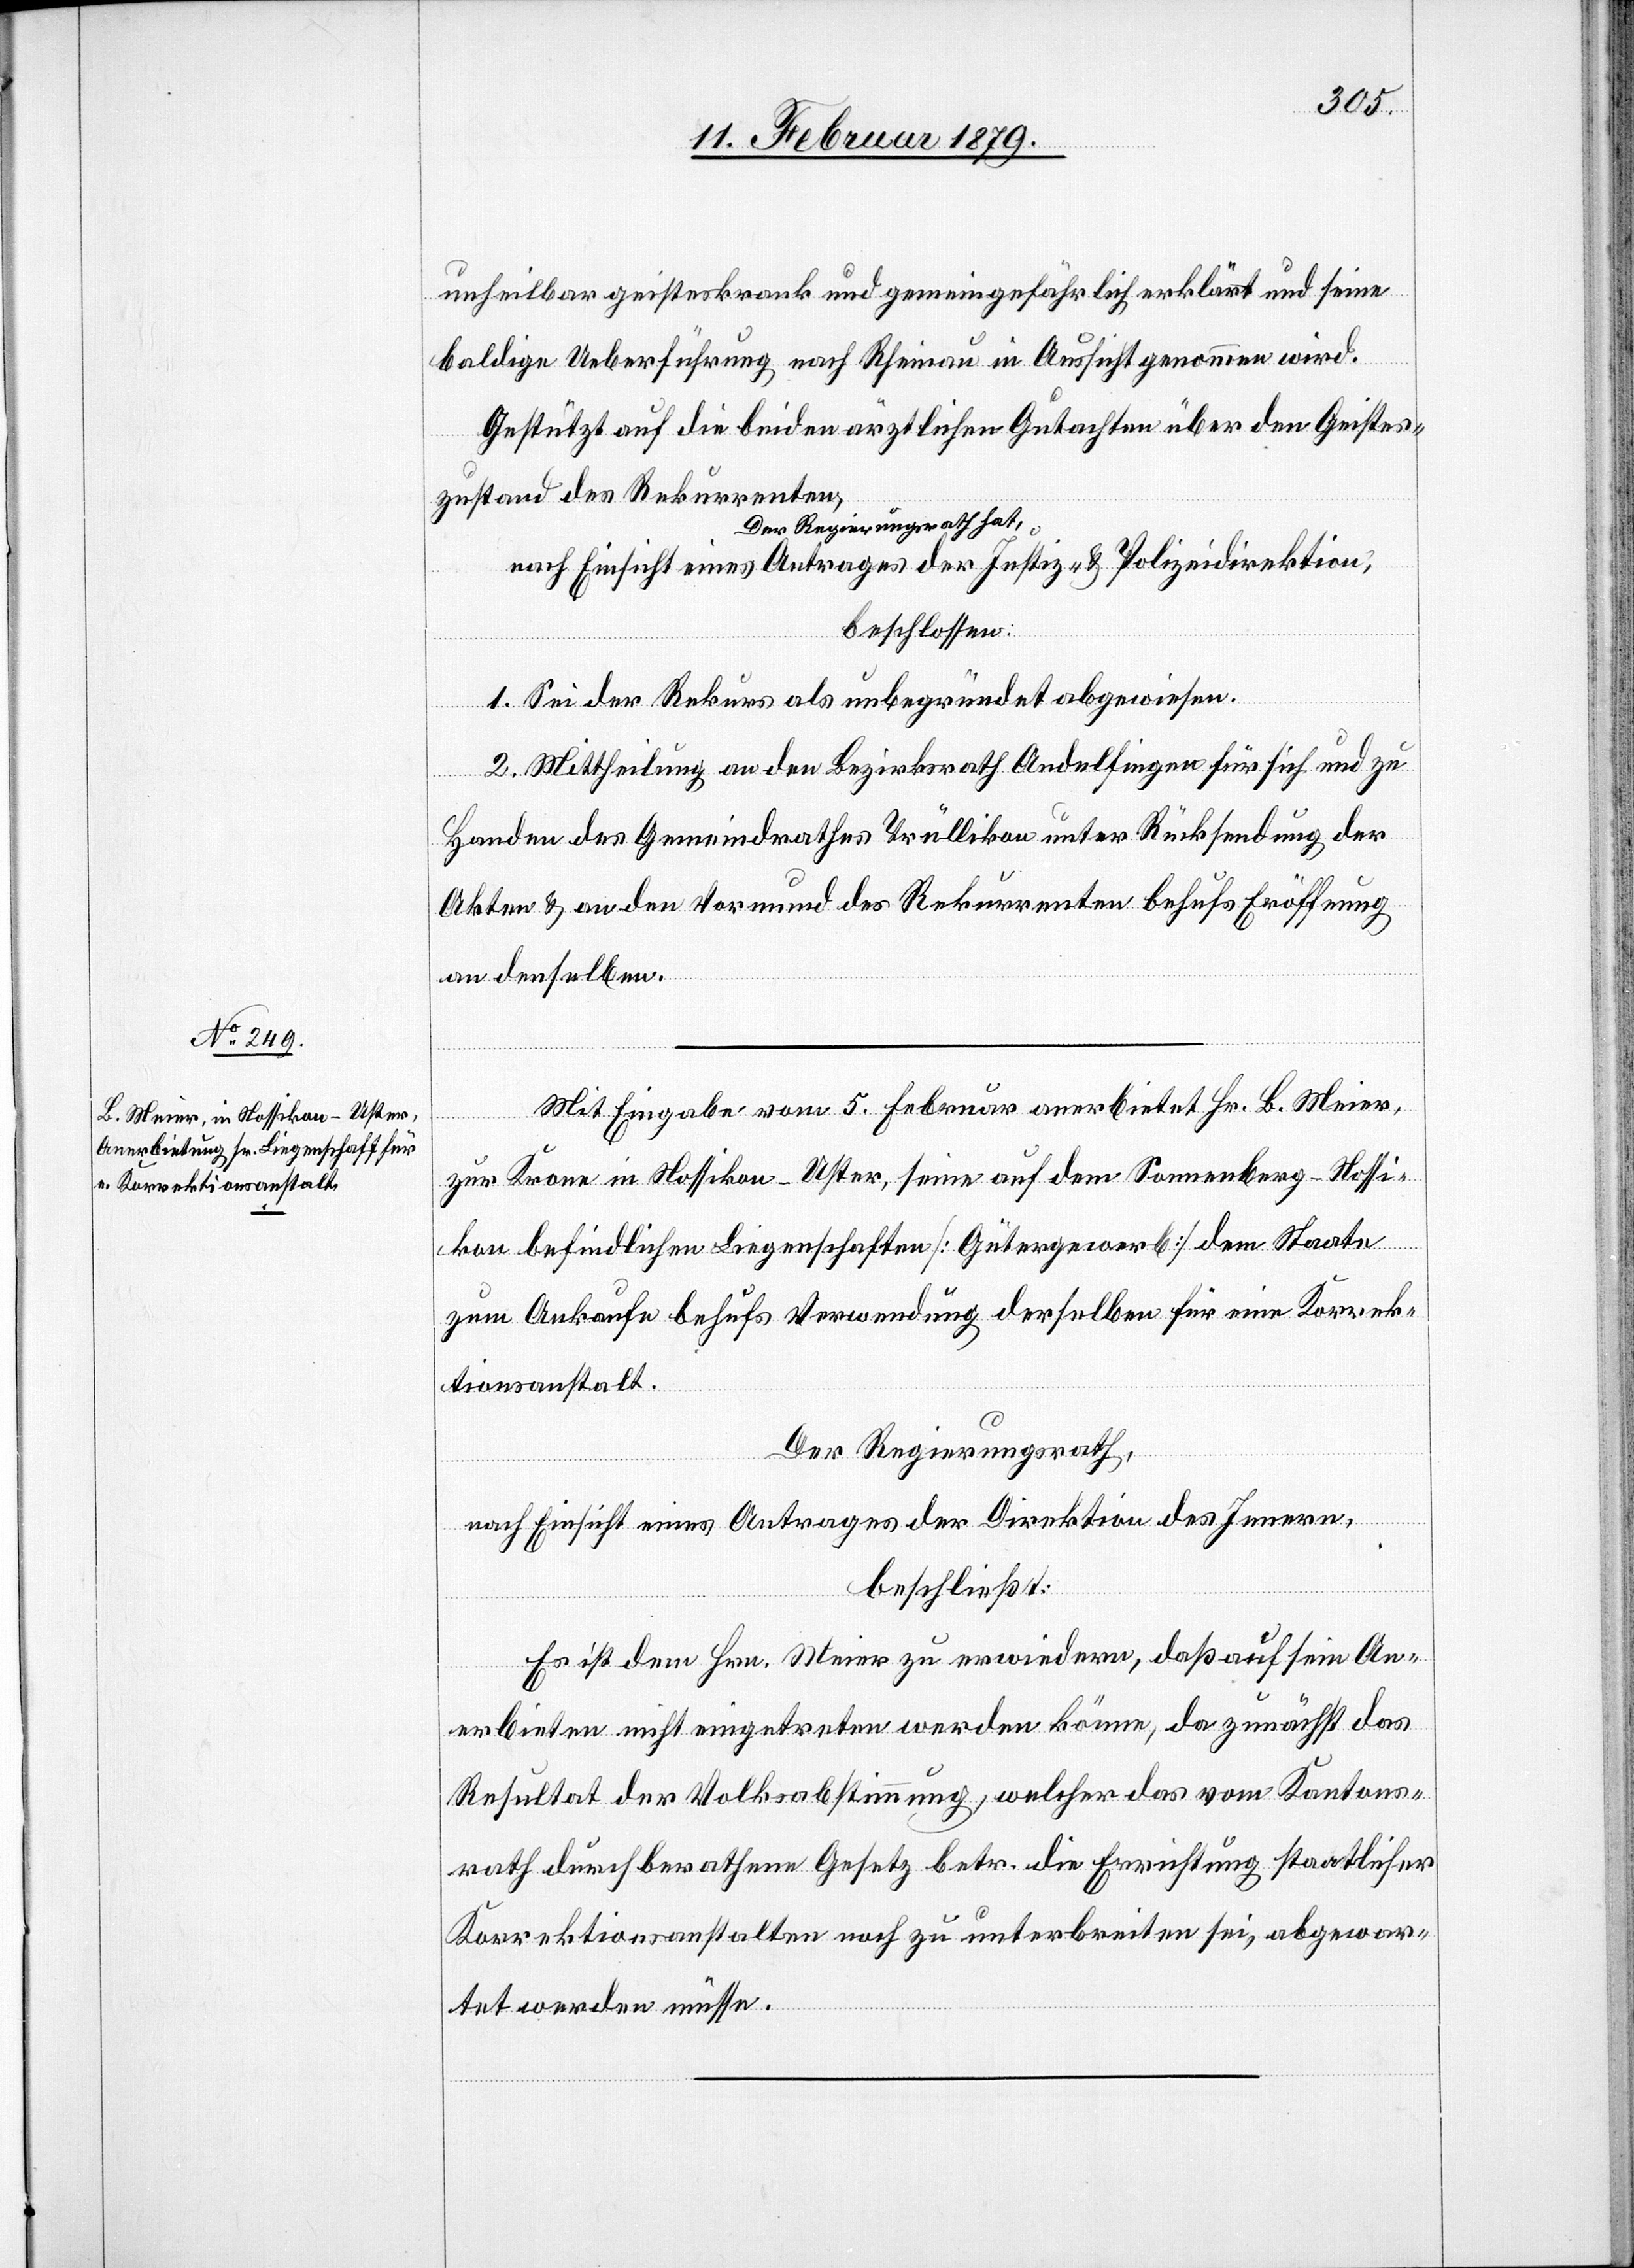
unheilbar geisteskrank und gemeingefährlich erklärt und seine
baldige Ueberführung nach Rheinau in Aussicht genommen wird.
Gestützt auf die beiden ärztlichen Gutachten über den Geistes¬
zustand des Rekurrenten,
Der Regierungsrath hat,
nach Einsicht eines Antrages der Justiz- & Polizeidirektion,
beschlossen:
1. Sei der Rekurs als unbegründet abgewiesen.
2. Mittheilung an den Bezirksrath Andelfingen für sich und zu
Handen des Gemeindrathes Trüllikon unter Rücksendung der
Akten & an den Vormund des Rekurrenten behufs Eröffnung
an denselben.
Mit Eingabe vom 5. Februar anerbietet Hr. B. Meier,
zur Krone in Nossikon - Uster, seine auf dem Sonnenberg - Nossi¬
kon befindlichen Liegenschaften [Gütergewerb] dem Staate
zum Ankaufe behufs Verwendung derselben für eine Korrek¬
tionsanstalt.
Der Regierungsrath,
nach Einsicht eines Antrages der Direktion des Innern,
beschließt:
Es ist dem Hrn. Meier zu erwiedern, daß auf sein An¬
erbieten nicht eingetreten werden könne, da zunächst das
Resultat der Volksabstimmung, welcher das vom Kantons¬
rath durchberathene Gesetz betr. die Errichtung staatlicher
Korrektionsanstalten noch zu unterbreiten sei, abgewar¬
tet werden müsse.